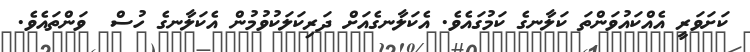
ކަށަވަރީ އެއްކައުވަންތަ ކަލާނގެ ކަމުގައެވެ. އެކަލާނގެއަށް ދަރިކަލަކުވުމުން އެކަލާނގެ ހުސް  ވަންތައެވެ.